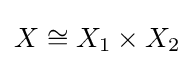
X\cong X_{1}\times X_{2}